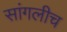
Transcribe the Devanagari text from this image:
सांगलीच